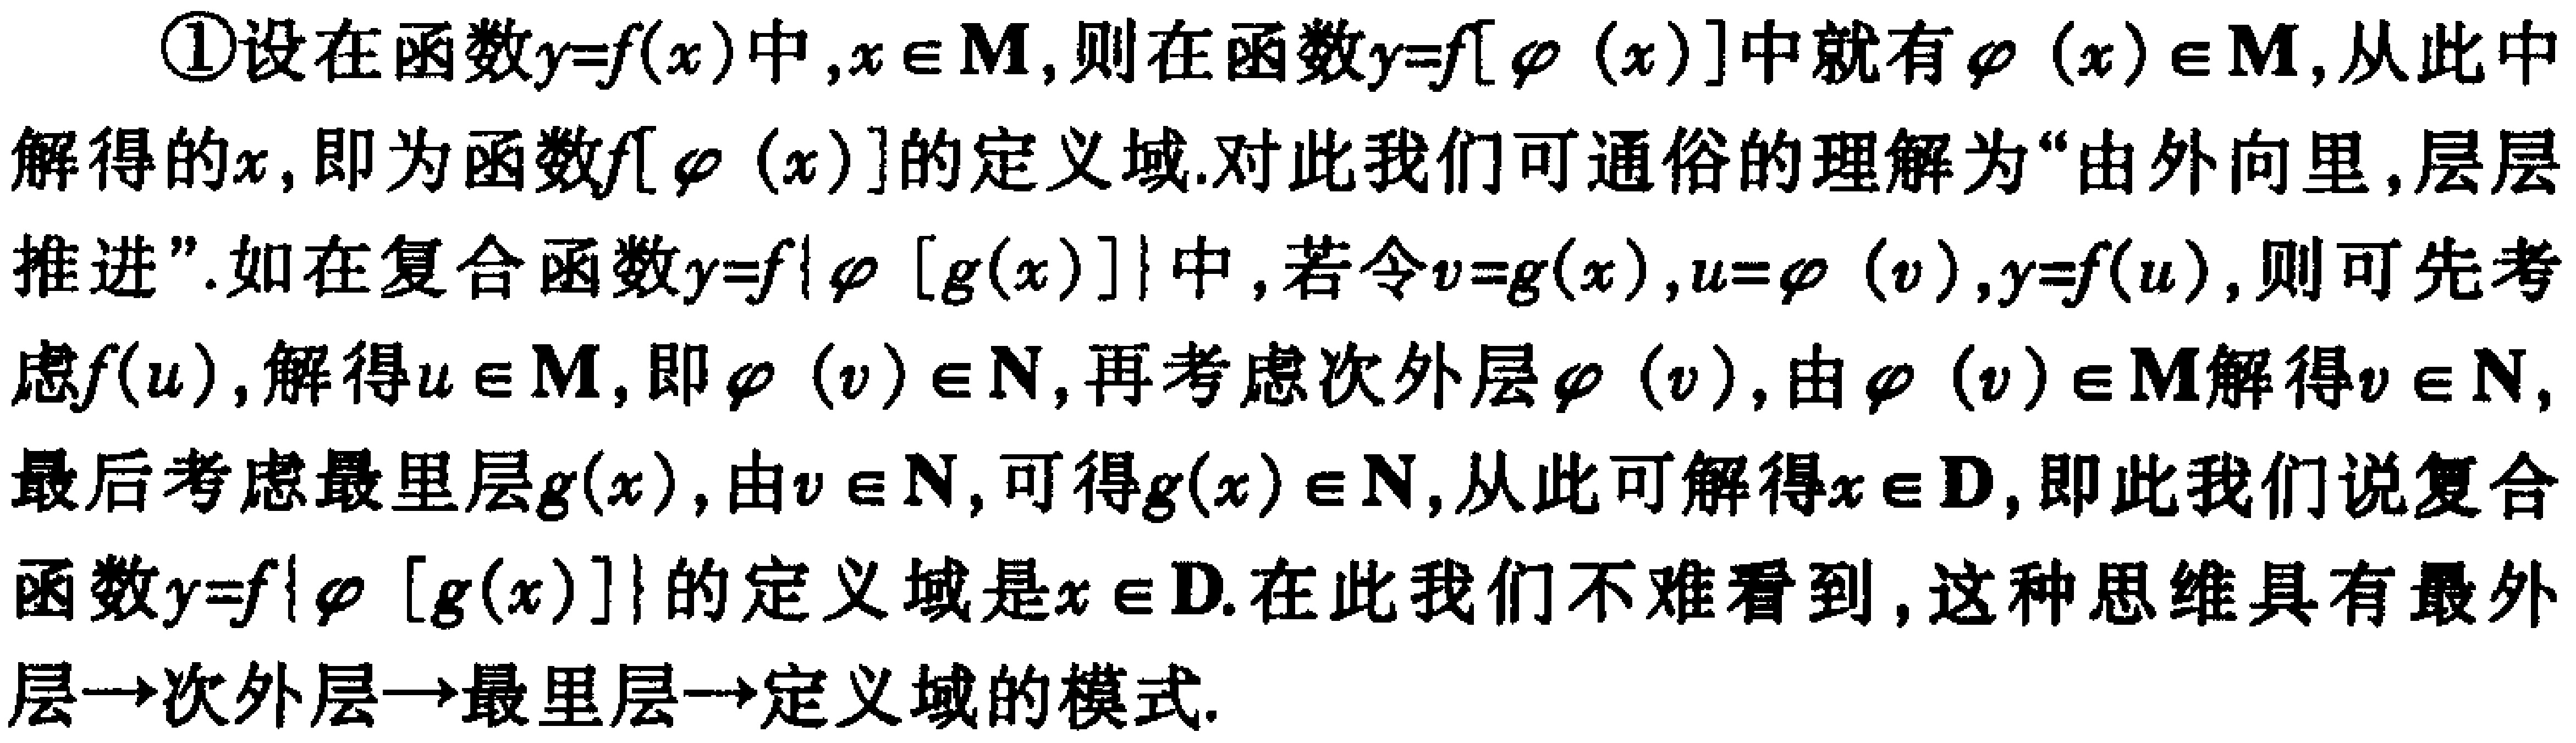
\textcircled{1}设在函数\(y = f(x)\)中，\(x\in M\)，则在函数\(y = f[\varphi(x)]\)中就有\(\varphi(x)\in M\)，从此中解得的\(x\)，即为函数\(f[\varphi(x)]\)的定义域.对此我们可通俗的理解为“由外向里，层层推进”.如在复合函数\(y = f\{\varphi[g(x)]\}\)中，若令\(v = g(x)\)，\(u=\varphi(v)\)，\(y = f(u)\)，则可先考虑\(f(u)\)，解得\(u\in M\)，即\(\varphi(v)\in N\)，再考虑次外层\(\varphi(v)\)，由\(\varphi(v)\in M\)解得\(v\in N\)，最后考虑最里层\(g(x)\)，由\(v\in N\)，可得\(g(x)\in N\)，从此可解得\(x\in D\)，即此我们说复合函数\(y = f\{\varphi[g(x)]\}\)的定义域是\(x\in D\).在此我们不难看到，这种思维具有最外层\(\to\)次外层\(\to\)最里层\(\to\)定义域的模式.